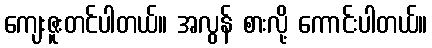
ကျေးဇူးတင်ပါတယ်။ အလွန် စားလို့ ကောင်းပါတယ်။